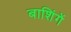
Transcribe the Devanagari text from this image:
बाशिंगें